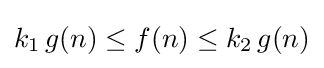
k_{1}\,g(n)\leq f(n)\leq k_{2}\,g(n)